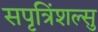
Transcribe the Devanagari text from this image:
सपृत्रिंशल्सु